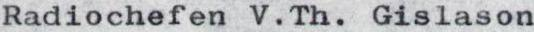
Radiochefen V.Th. Gislason